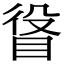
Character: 𥆛